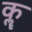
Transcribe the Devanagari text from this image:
कॣ